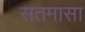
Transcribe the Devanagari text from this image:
सतमासा